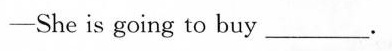
——She is going to buy ___ .